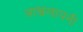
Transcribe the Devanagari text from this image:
आश्वलायनी